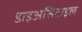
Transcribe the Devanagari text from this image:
डाइअसिटाइल